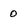
Character: O